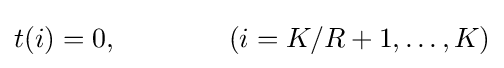
t(i)=0,\qquad \qquad (i=K/R+1,\dots ,K)